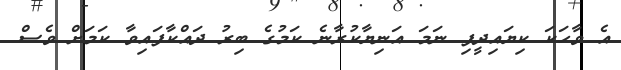
އެ ވާހަކަ ކިޔައިދީފި ނަމަ އަނިޔާކުރާނެ ކަމުގެ ބިރު ދައްކާފައިވާ ކަމަށް ވެސް